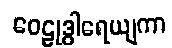
ဝေဠုဒွါရေယျကာ